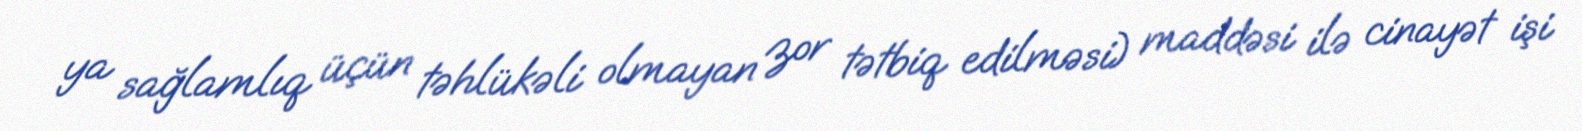
ya sağlamlıq üçün təhlükəli olmayan zor tətbiq edilməsi) maddəsi ilə cinayət işi